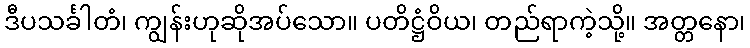
ဒီပသင်္ခါတံ၊ ကျွန်းဟုဆိုအပ်သော။ ပတိဋ္ဌံဝိယ၊ တည်ရာကဲ့သို့။ အတ္တနော၊